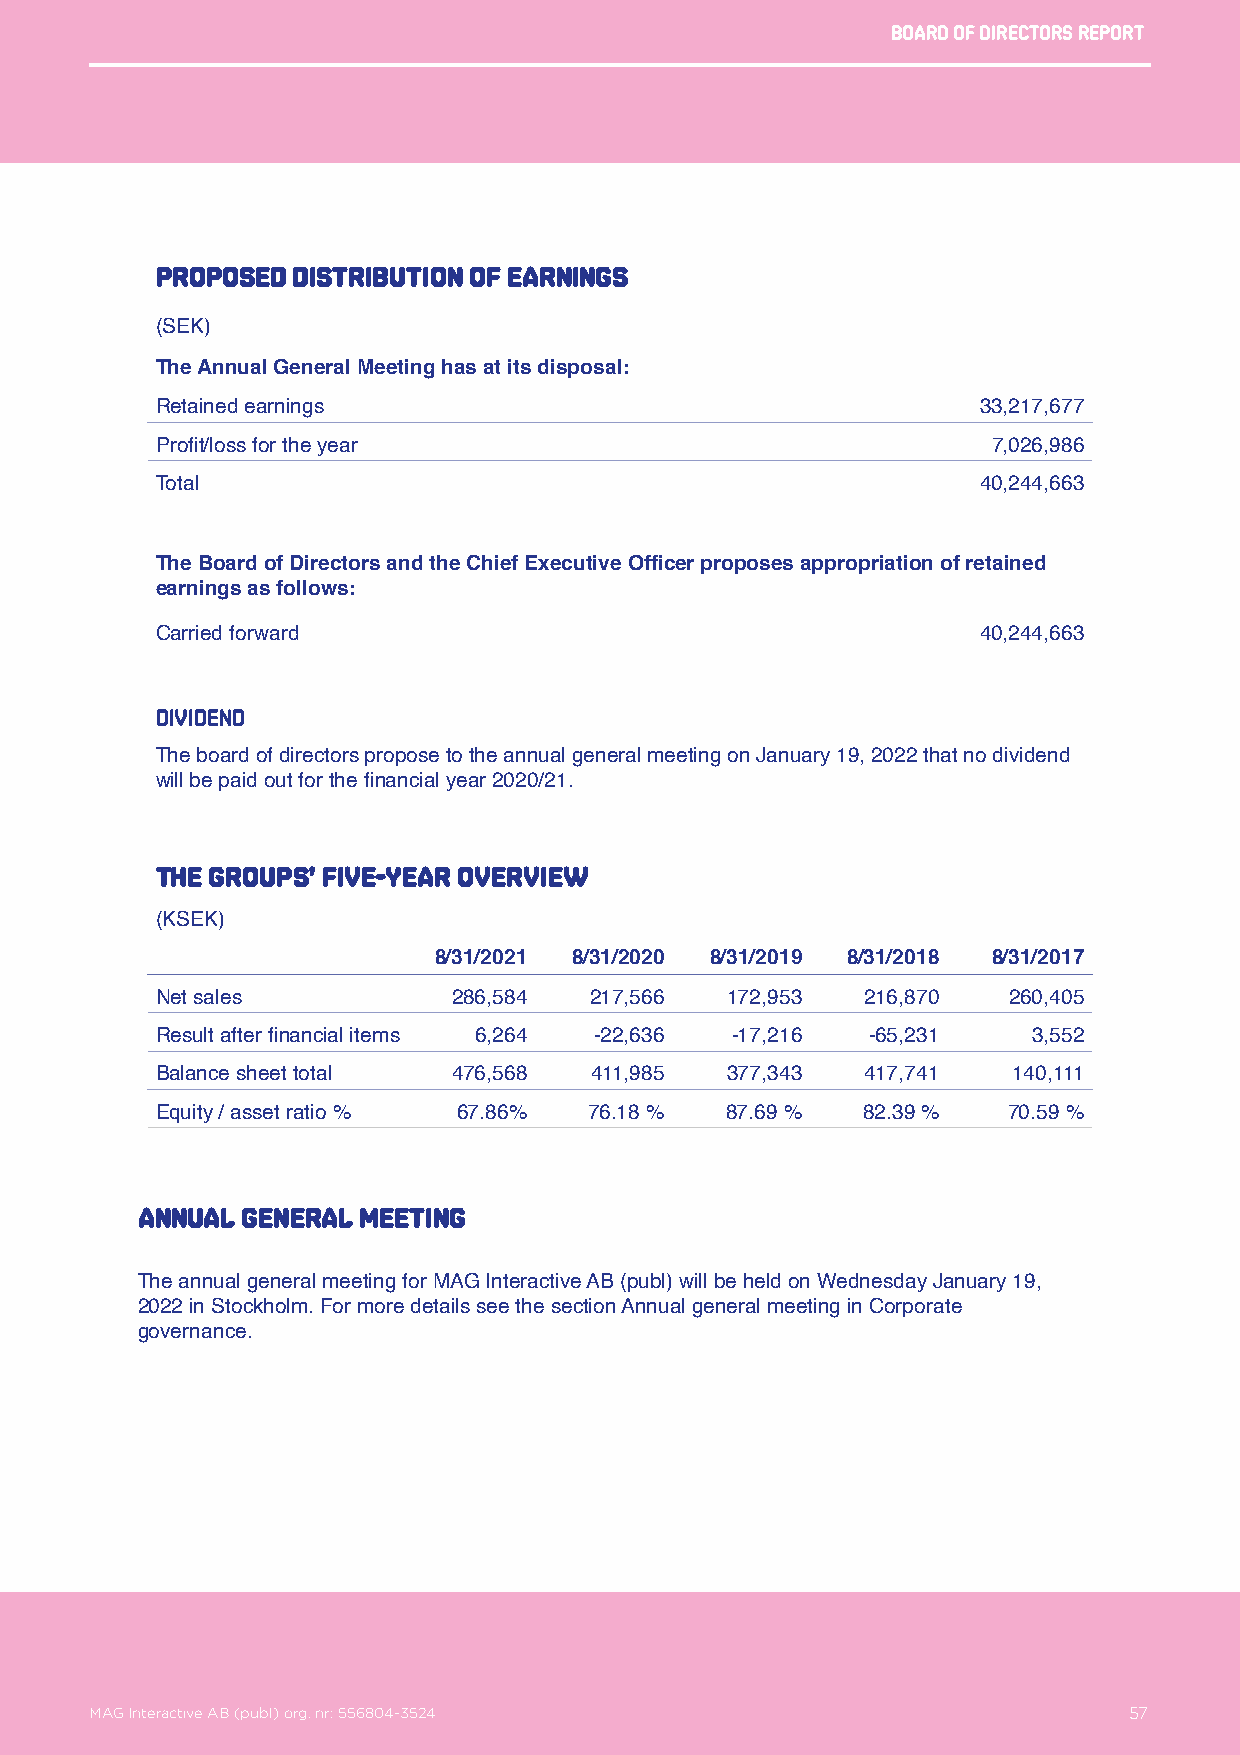
Board of directors report
 Proposed distribution of earnings
 (SEK)
 The Annual General Meeting has at its disposal:
 Retained earnings                                      33,217,677
 Profit/loss for the year                                7,026,986
 Total                                                  40,244,663
 The Board of Directors and the Chief Executive Officer proposes appropriation of retained
 earnings as follows:
 Carried forward                                        40,244,663
 Dividend
 The board of directors propose to the annual general meeting on January 19, 2022 that no dividend
 will be paid out for the financial year 2020/21.
 The Groups’ FIVE-year overview
 (KSEK)
 8/31/2021 8/31/2020 8/31/2019 8/31/2018 8/31/2017
 Net sales           286,584  217,566  172,953  216,870   260,405
 Result after financial items 6,264 -22,636 -17,216 -65,231 3,552
 Balance sheet total 476,568  411,985  377,343  417,741   140,111
 Equity / asset ratio % 67.86% 76.18 % 87.69 %  82.39 %   70.59 %
 Annual general meeting
 The annual general meeting for MAG Interactive AB (publ) will be held on Wednesday January 19,
 2022 in Stockholm. For more details see the section Annual general meeting in Corporate
 governance.
 MAG Interactive AB (publ) org. nr: 556804-3524                   57
 MAG Interactive AB (publ) org. nr: 556804-3524                       57